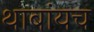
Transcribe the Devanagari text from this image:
थाबांयच